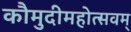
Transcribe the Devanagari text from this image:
कौमुदीमहोत्सवम्